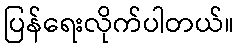
ပြန်ရေးလိုက်ပါတယ်။